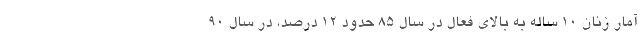
آمار زنان ۱۰ ساله به بالای فعال در سال ۸۵ حدود ۱۲ درصد، در سال ۹۰